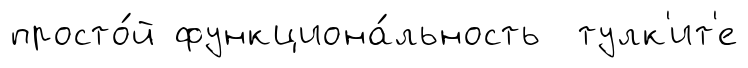
просто́й функциона́льность тулк'ит'е